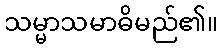
သမ္မာသမာဓိမည်၏။